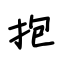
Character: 抱